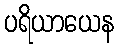
ပရိယာယေန